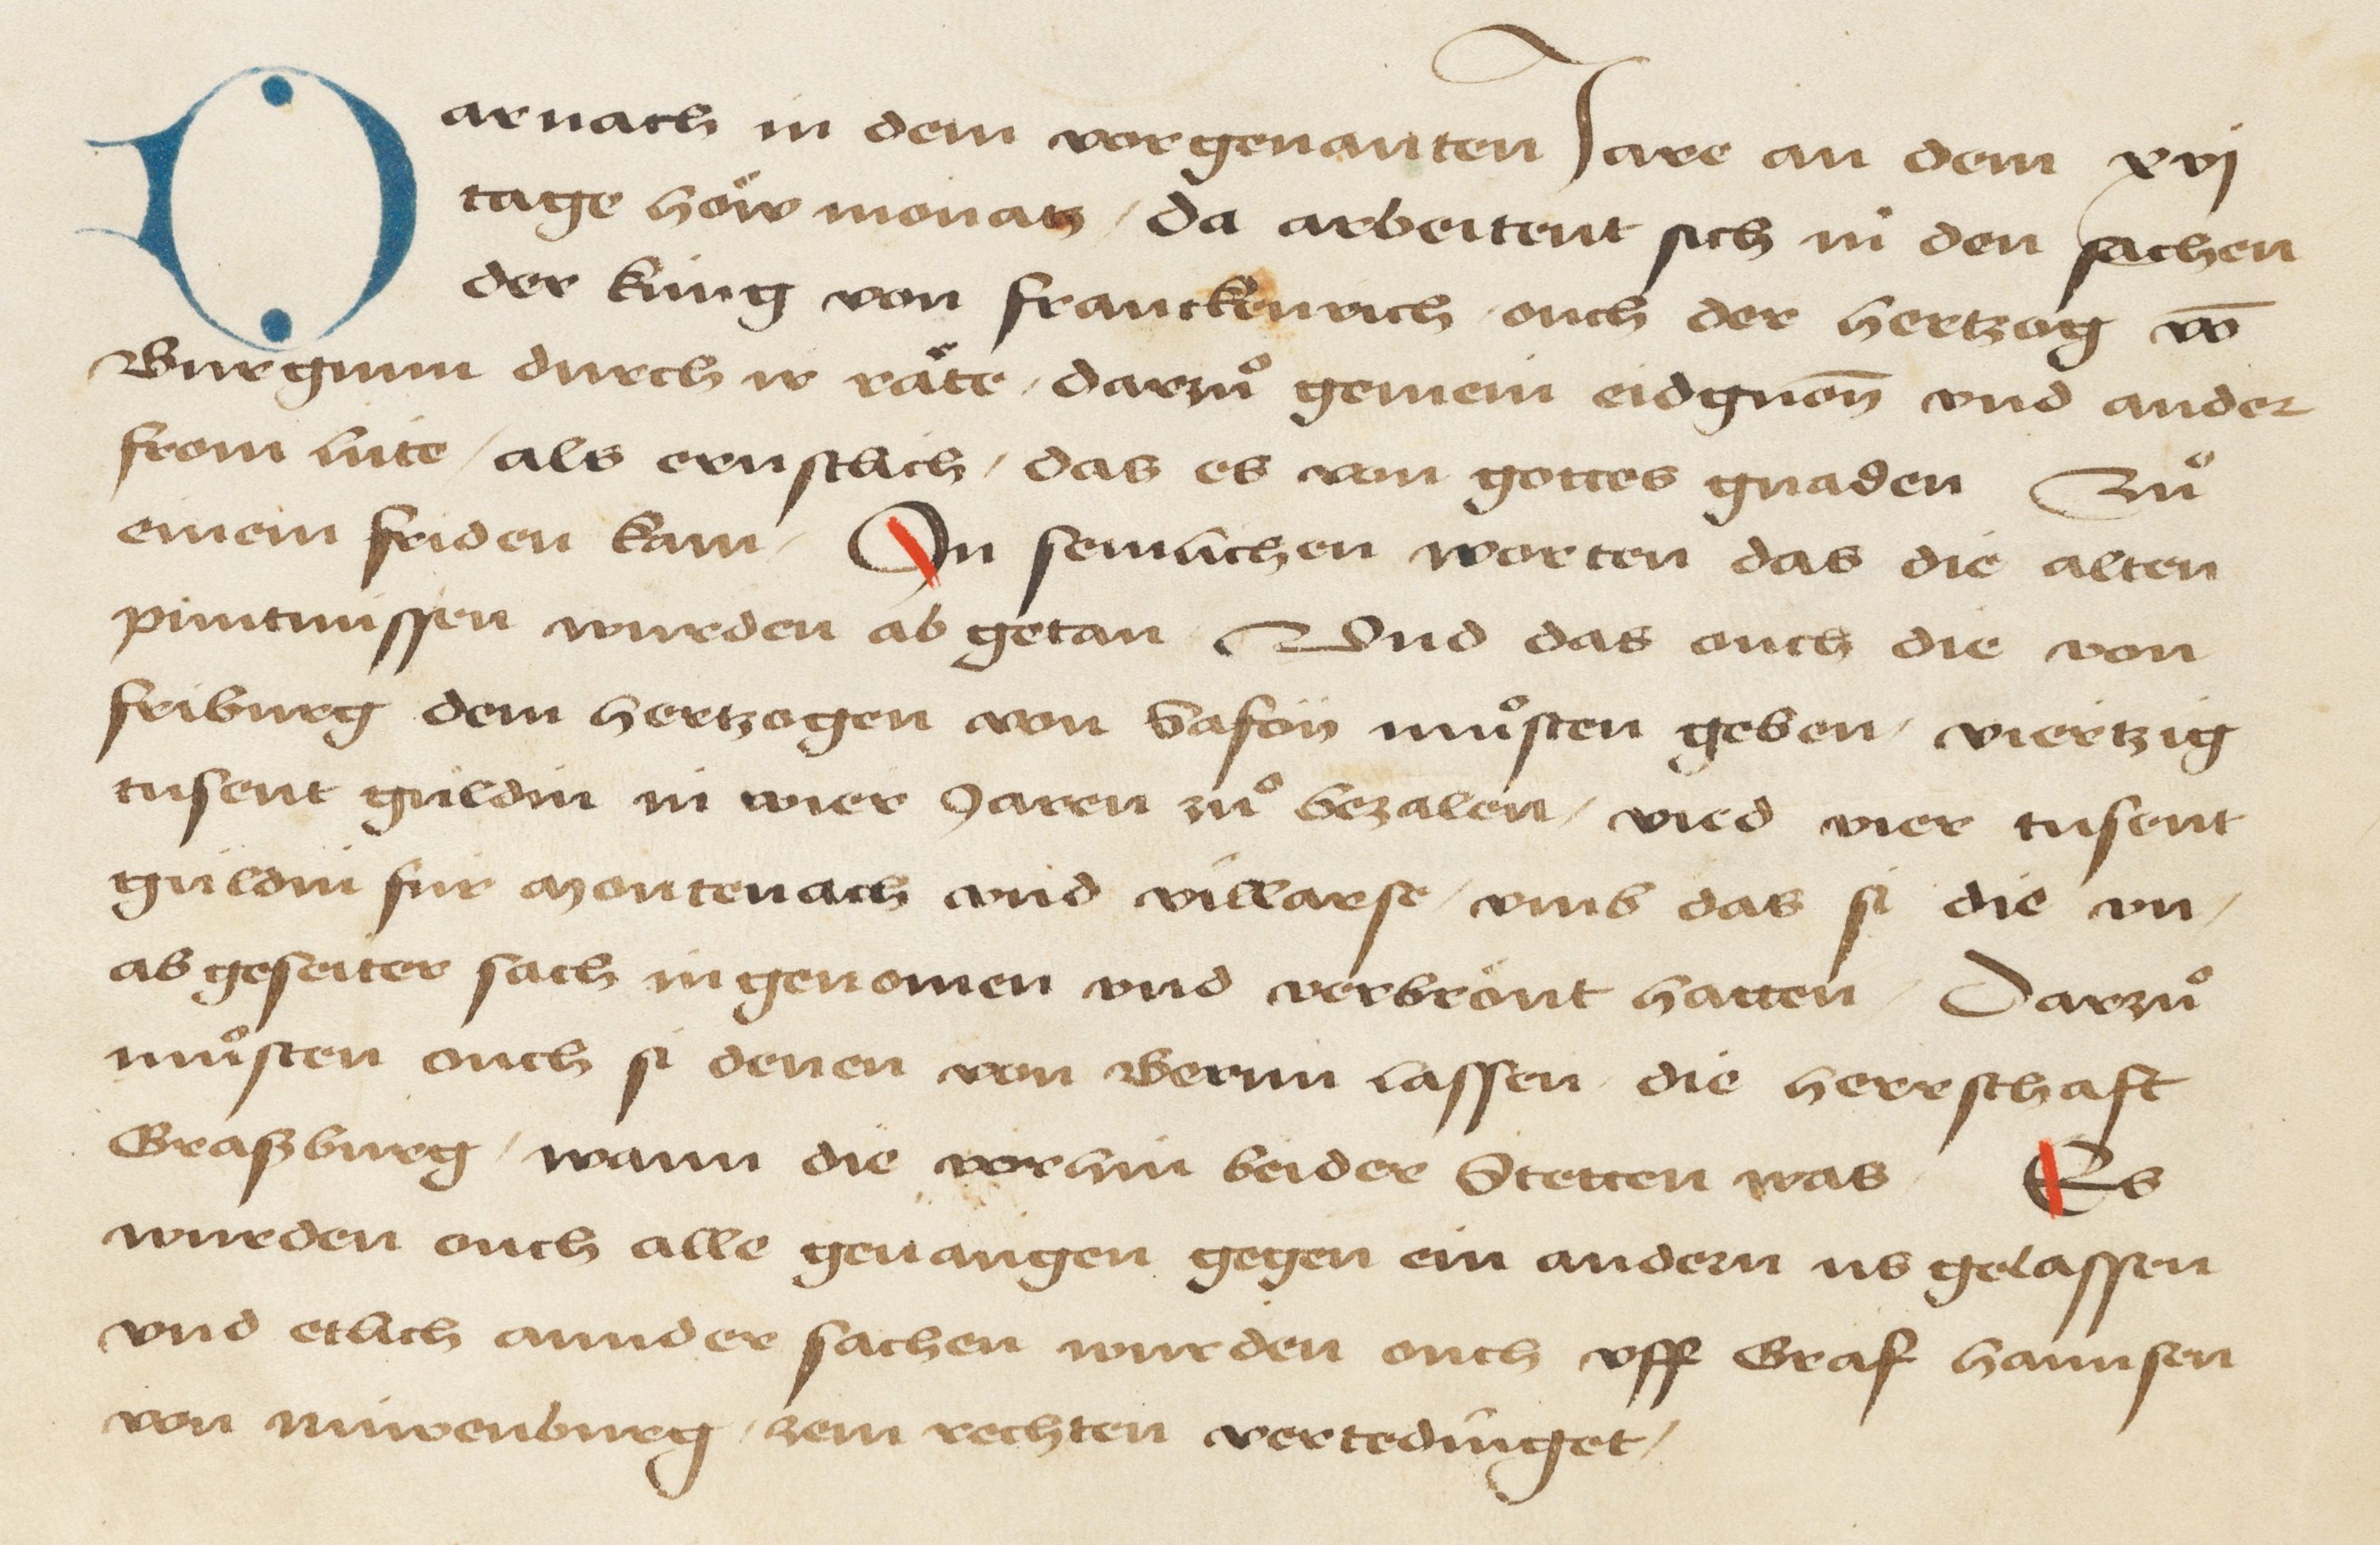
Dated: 1478–1483